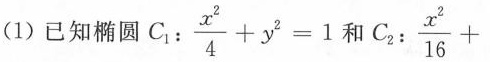
(1)已知椭圆C_{1}: $$\frac{x^{2}}{4}+y^{2}=1$$ 和C_{2}:$$ \frac{x^{2}}{16}+$$